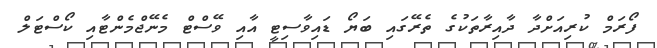
ފޯރަމް ކުރިއަށްދާ ދާއިރާތަކުގެ ތެރޭގައި ބަޔޯ ޑައިވާސިޓީ އާއި ވޭސްޓް މެނޭޖްމެންޓާއި ކޯސްޓަލް